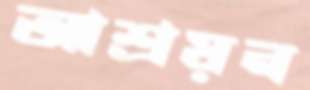
আশ্রয়ন